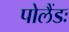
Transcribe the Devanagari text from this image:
पोलैंडः